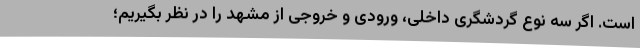
است. اگر سه نوع گردشگری داخلی، ورودی و خروجی از مشهد را در نظر بگیریم؛